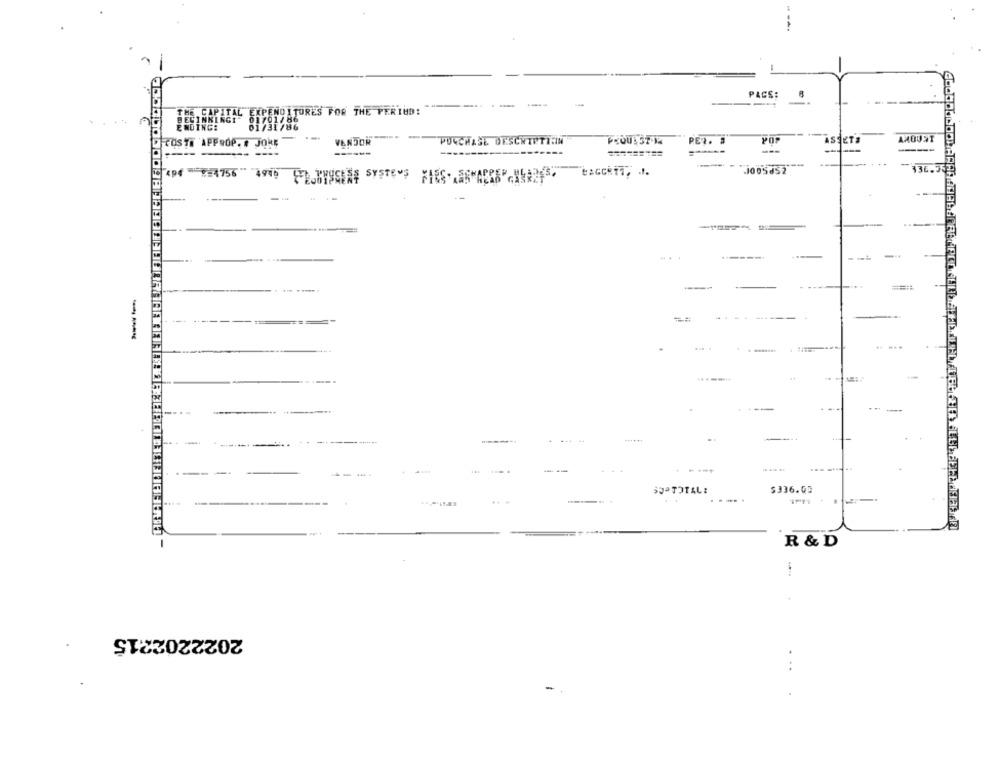
--.
PACS:
8
-
-
HEBILLAEN CHISONO ITURES FOR THE PERIUD:
VENDOR
PULCHASE DESCNTUTI:IN
PET. #
ASSETS
----
------
---
494 $=1756 4949
PLUSISSUES SYSTEMS FIES SS ACCEPCULARES.
------
--
-...
-. .
---
SJª TOTAL:
$336.05
..
R & D
2022202215